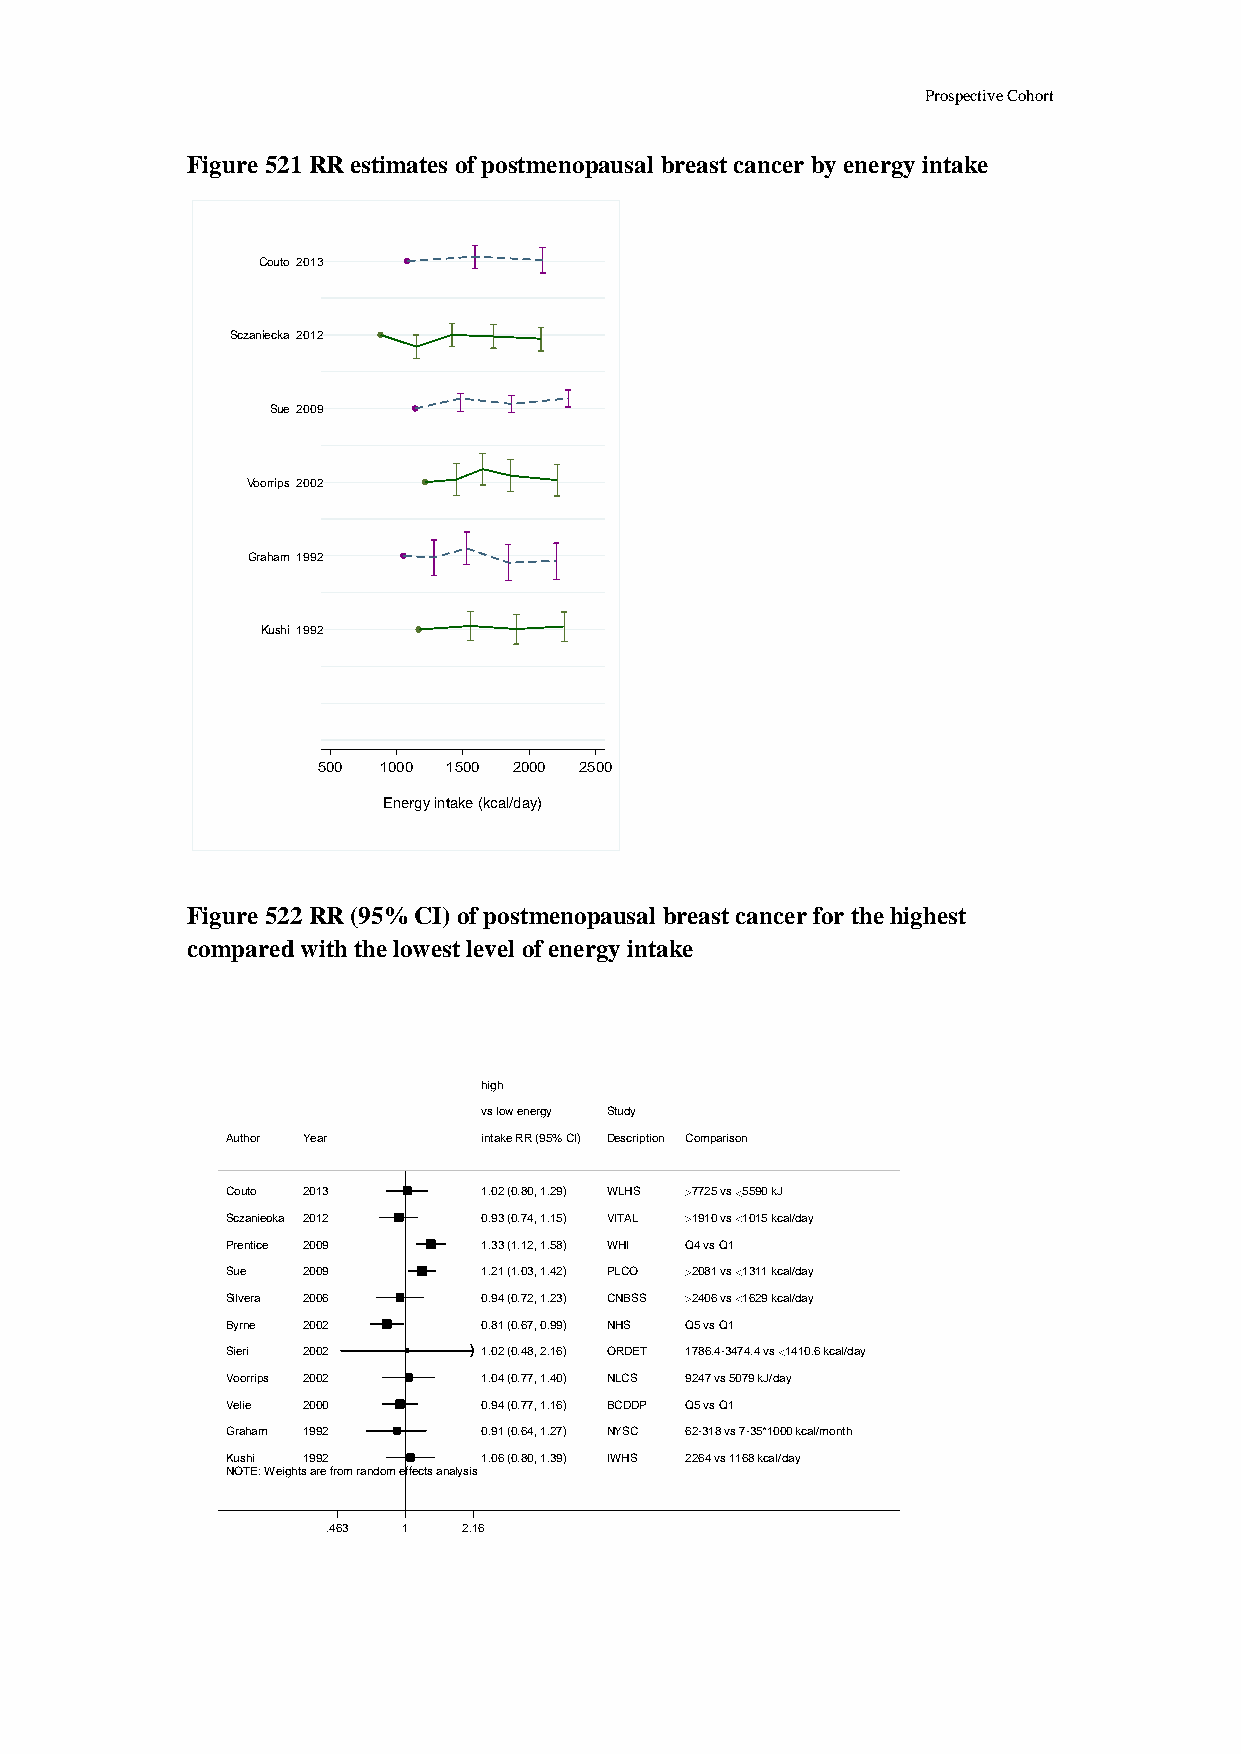
Prospective Cohort
 Figure 521 RR estimates of postmenopausal breast cancer by energy intake
 Couto 2013
 Sczaniecka 2012
 Sue 2009
 Voorrips 2002
 Graham 1992
 Kushi 1992
 500 1000 1500 2000 2500
 Energy intake (kcal/day)
 Figure 522 RR (95% CI) of postmenopausal breast cancer for the highest
 compared with the lowest level of energy intake
 hhiigghh
 vvss llooww eenneerrggyy SSttuuddyy
 Author Year      iinnttaakkee RRRR ((9955%% CCII)) DDeessccrriippttiioonn Comparison
 Couto 2013       11..0022 ((00..8800,, 11..2299)) WWLLHHSS 7725 vs 5590 kJ
 Sczaniecka 2012  00..9933 ((00..7744,, 11..1155)) VVIITTAALL 1910 vs 1015 kcal/day
 Prentice 2009    11..3333 ((11..1122,, 11..5588)) WWHHII Q4 vs Q1
 Sue  2009        11..2211 ((11..0033,, 11..4422)) PPLLCCOO 2081 vs 1311 kcal/day
 Silvera 2006     00..9944 ((00..7722,, 11..2233)) CCNNBBSSSS 2406 vs 1629 kcal/day
 Byrne 2002       00..8811 ((00..6677,, 00..9999)) NNHHSS Q5 vs Q1
 Sieri 2002       11..0022 ((00..4488,, 22..1166)) OORRDDEETT 1786.4-3474.4 vs 1410.6 kcal/day
 Voorrips 2002    11..0044 ((00..7777,, 11..4400)) NNLLCCSS 9247 vs 5079 kJ/day
 Velie 2000       00..9944 ((00..7777,, 11..1166)) BBCCDDDDPP Q5 vs Q1
 Graham 1992      00..9911 ((00..6644,, 11..2277)) NNYYSSCC 62-318 vs 7-35*1000 kcal/month
 Kushi 1992       11..0066 ((00..8800,, 11..3399)) IIWWHHSS 2264 vs 1168 kcal/day
 NOTE: Weights are from random effects analysis
 .463 11  2.16